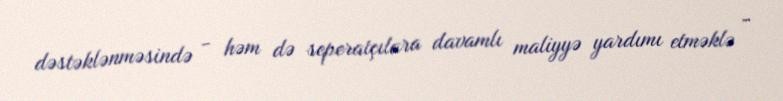
dəstəklənməsində - həm də seperatçılara davamlı maliyyə yardımı etməklə -